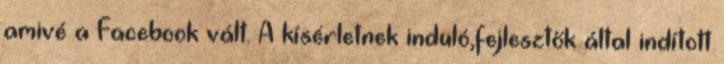
amivé a Facebook vált. A kísérletnek induló,fejlesztők által indított